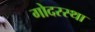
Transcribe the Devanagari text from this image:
गोदरस्था